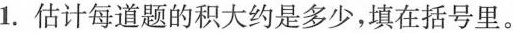
1.估计每道题的积大约是多少，填在括号里。